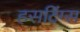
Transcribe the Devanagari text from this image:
हसटिंग्स